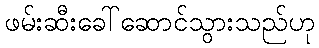
ဖမ်းဆီးခေါ်ဆောင်သွားသည်ဟု